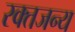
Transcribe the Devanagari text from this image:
रक्तजन्य